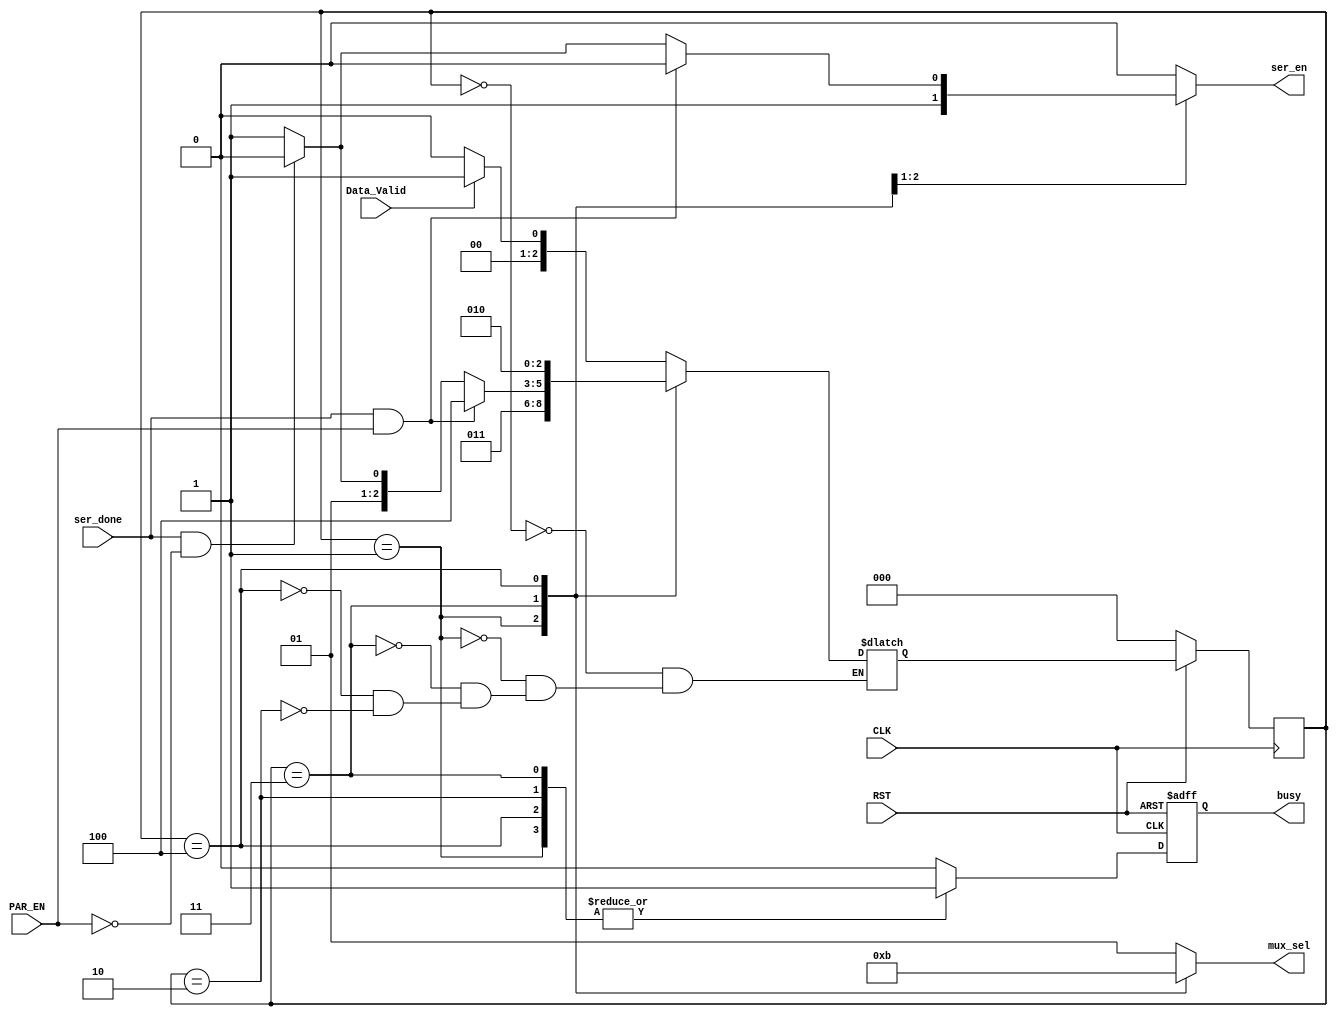
module FSM
(
    input   wire        CLK,
    input   wire        RST,
    input   wire        PAR_EN,
    input   wire        Data_Valid,
    input   wire        ser_done,
    output  reg         ser_en,
    output  reg [1:0]   mux_sel,
    output  reg         busy      
);

localparam Idle=3'b000,
           Start=3'b001,
           Stop=3'b010,
           Data=3'b011,
           Parity=3'b100;
           
localparam Start_bit=2'b00,
           Stop_bit=2'b01,
           ser_data=2'b10,
           par_bit=2'b11;

reg [2:0] Curr_state,Next_state;
reg busy_reg;

always@(posedge CLK)
begin
    if(~RST)
        begin
            Curr_state <= Idle;
        end
    else
        begin
            Curr_state <= Next_state;
        end 
end

always@(posedge CLK,negedge RST)
begin
    if(~RST)
        begin
            busy <= 1'b0;
        end
    else
        begin
            busy <= busy_reg;
        end 
end

always@(*)
begin
    busy_reg=1'b0;
    ser_en=1'b0;
    case (Curr_state)
        Idle:begin
                busy_reg=1'd0;
                mux_sel=Stop_bit;
                if(Data_Valid)
                    begin
                        Next_state = Start;
                    end
                else
                    begin
                        Next_state = Idle;
                    end
             end
        Start:begin
                mux_sel=Start_bit;
                busy_reg=1'b1;
                Next_state=Data;
                ser_en=1'b1;
              end
        Data:begin
                mux_sel=ser_data;
                ser_en=1'b1;
                busy_reg=1'b1;
                if(ser_done & PAR_EN)
                    begin
                        Next_state=Parity;
                        ser_en = 1'b0;
                    end
                else if(ser_done & ~PAR_EN)
                    begin
                        Next_state=Stop;
                        ser_en = 1'b0;
                    end
                else
                    begin
                        Next_state=Data;
                    end
             end
        Parity:begin
                mux_sel=par_bit;
                busy_reg=1'b1;
                Next_state=Stop;
               end
        Stop:begin
                mux_sel=Stop_bit;
                busy_reg=1'b1;
                if(Data_Valid)
                    begin
                        Next_state=Start;
                    end
                else
                    begin
                        Next_state=Idle;
                    end
               end
        default:begin
                    busy_reg=1'b0;
                    ser_en=1'b0;
                    mux_sel=Stop_bit;
                end
    endcase
    
end
endmodule